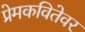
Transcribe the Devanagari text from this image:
प्रेमकवितेवर